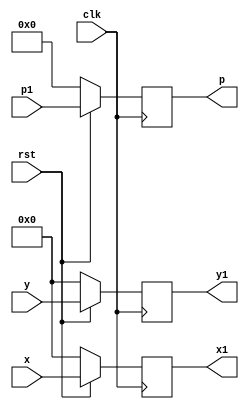
// D flip flop with synchronous reset

module DFF (
    input wire clk, 
    input wire rst, 
    input wire [7:0] x, 
    input wire [7:0] y, 
    input wire [15:0] p1, 
    output reg [7:0] x1,
    output reg [7:0] y1,
    output reg [15:0] p
    );

    always@(posedge clk)begin
        if(!rst)begin
            p<=16'b0;
            x1<=8'b0;
            y1<=8'b0;
        end
        else begin
            p<=p1;
            x1<=x;
            y1<=y;
        end
    end

endmodule